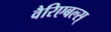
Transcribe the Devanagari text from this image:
वैरिएबल्स्